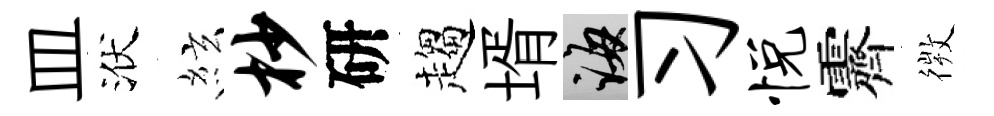
皿洑絃杪研趨壻誨习悦霽𢕄